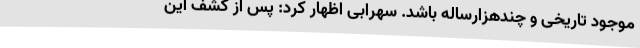
موجود تاریخی و چندهزارساله باشد. سهرابی اظهار کرد: پس از کشف این